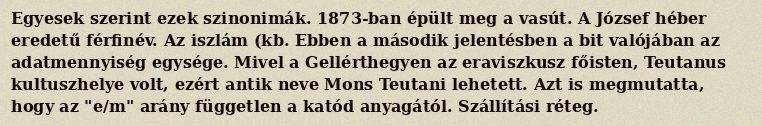
Egyesek szerint ezek szinonimák. 1873-ban épült meg a vasút. A József héber eredetű férfinév. Az iszlám (kb. Ebben a második jelentésben a bit valójában az adatmennyiség egysége. Mivel a Gellérthegyen az eraviszkusz főisten, Teutanus kultuszhelye volt, ezért antik neve Mons Teutani lehetett. Azt is megmutatta, hogy az "e/m" arány független a katód anyagától. Szállítási réteg.